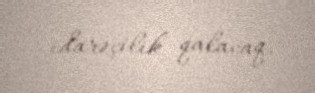
idarəçilik qalacaq.